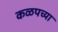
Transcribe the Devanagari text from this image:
कळपच्या